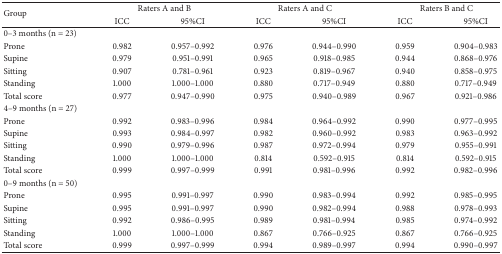
<table><thead><tr><td rowspan="2"><b>Group</b></td><td colspan="2"><b>Raters A and B</b></td><td colspan="2"><b>Raters A and C</b></td><td colspan="2"><b>Raters B and C</b></td></tr><tr><td><b>ICC</b></td><td><b>95%CI</b></td><td><b>ICC</b></td><td><b>95%CI</b></td><td><b>ICC</b></td><td><b>95%CI</b></td></tr></thead><tbody><tr><td>0–3 months (n = 23)</td><td> </td><td> </td><td> </td><td> </td><td> </td><td> </td></tr><tr><td>Prone</td><td>0.982</td><td>0.957–0.992</td><td>0.976</td><td>0.944–0.990</td><td>0.959</td><td>0.904–0.983</td></tr><tr><td>Supine</td><td>0.979</td><td>0.951–0.991</td><td>0.965</td><td>0.918–0.985</td><td>0.944</td><td>0.868–0.976</td></tr><tr><td>Sitting</td><td>0.907</td><td>0.781–0.961</td><td>0.923</td><td>0.819–0.967</td><td>0.940</td><td>0.858–0.975</td></tr><tr><td>Standing</td><td>1.000</td><td>1.000–1.000</td><td>0.880</td><td>0.717–0.949</td><td>0.880</td><td>0.717–0.949</td></tr><tr><td>Total score</td><td>0.977</td><td>0.947–0.990</td><td>0.975</td><td>0.940–0.989</td><td>0.967</td><td>0.921–0.986</td></tr><tr><td>4–9 months (n = 27)</td><td> </td><td> </td><td> </td><td> </td><td> </td><td> </td></tr><tr><td>Prone</td><td>0.992</td><td>0.983–0.996</td><td>0.984</td><td>0.964–0.992</td><td>0.990</td><td>0.977–0.995</td></tr><tr><td>Supine</td><td>0.993</td><td>0.984–0.997</td><td>0.982</td><td>0.960–0.992</td><td>0.983</td><td>0.963–0.992</td></tr><tr><td>Sitting</td><td>0.990</td><td>0.979–0.996</td><td>0.987</td><td>0.972–0.994</td><td>0.979</td><td>0.955–0.991</td></tr><tr><td>Standing</td><td>1.000</td><td>1.000–1.000</td><td>0.814</td><td>0.592–0.915</td><td>0.814</td><td>0.592–0.915</td></tr><tr><td>Total score</td><td>0.999</td><td>0.997–0.999</td><td>0.991</td><td>0.981–0.996</td><td>0.992</td><td>0.982–0.996</td></tr><tr><td>0–9 months (n = 50)</td><td> </td><td> </td><td> </td><td> </td><td> </td><td> </td></tr><tr><td>Prone</td><td>0.995</td><td>0.991–0.997</td><td>0.990</td><td>0.983–0.994</td><td>0.992</td><td>0.985–0.995</td></tr><tr><td>Supine</td><td>0.995</td><td>0.991–0.997</td><td>0.990</td><td>0.982–0.994</td><td>0.988</td><td>0.978–0.993</td></tr><tr><td>Sitting</td><td>0.992</td><td>0.986–0.995</td><td>0.989</td><td>0.981–0.994</td><td>0.985</td><td>0.974–0.992</td></tr><tr><td>Standing</td><td>1.000</td><td>1.000–1.000</td><td>0.867</td><td>0.766–0.925</td><td>0.867</td><td>0.766–0.925</td></tr><tr><td>Total score</td><td>0.999</td><td>0.997–0.999</td><td>0.994</td><td>0.989–0.997</td><td>0.994</td><td>0.990–0.997</td></tr></tbody></table>